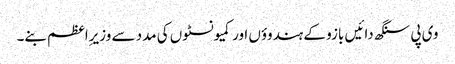
وی پی سنگھ دائیں بازو کے ہندوؤں اور کمیونسٹوں کی مدد سے وزیرِاعظم بنے۔